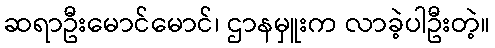
ဆရာဦးမောင်မောင်၊ ဌာနမှူးက လာခဲ့ပါဦးတဲ့။